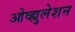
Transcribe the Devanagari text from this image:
ओव्ह्युलेशन